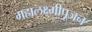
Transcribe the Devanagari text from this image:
महालक्ष्मीपूजन